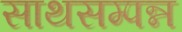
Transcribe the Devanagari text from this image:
साथसम्पन्न